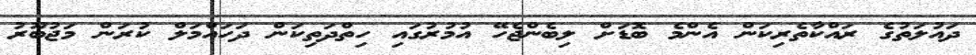
ދައުލަތުގެ ރައްކާތެރިކަން އެންމެ ބޮޑަށް ލިބެންޖެހޭ އުމުރުގައި ހިތްދަތިކަން ދަހައްމަލް ކުރަން މަޖުބޫރު